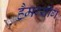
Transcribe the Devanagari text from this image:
हैमग्यॉंग